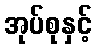
အုပ်စုနှင့်